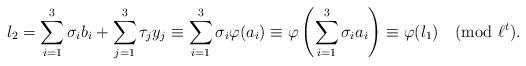
LaTeX: \begin{align*}l_2 = \sum_{i=1}^3 \sigma_i b_i + \sum_{j=1}^3 \tau_j y_j \equiv \sum_{i=1}^3 \sigma_i \varphi(a_i) \equiv \varphi\left( \sum_{i=1}^3 \sigma_i a_i \right)\equiv \varphi(l_1) \pmod{\ell^t}.\end{align*}